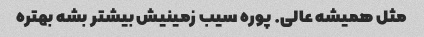
مثل همیشه عالی. پوره سیب زمینیش بیشتر بشه بهتره